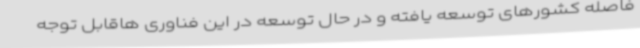
فاصله کشورهای توسعه یافته و در حال توسعه در این فناوری هاقابل توجه